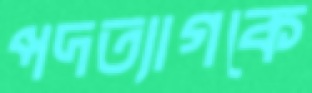
পদত্যাগকে